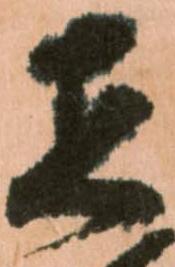
在